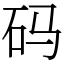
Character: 码